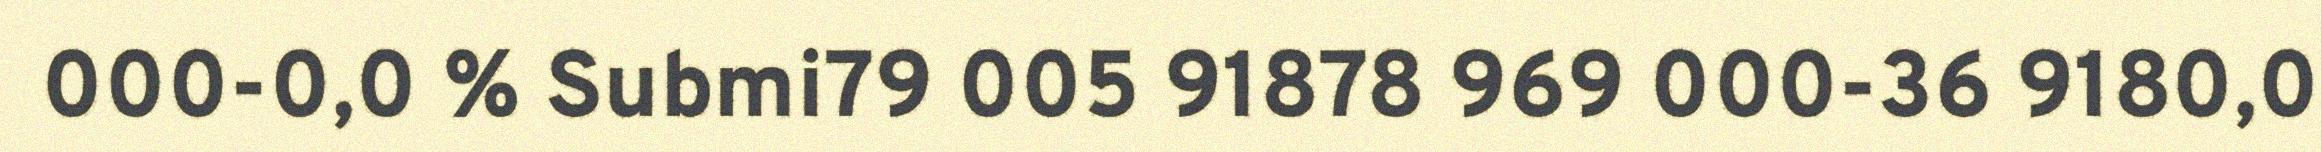
000-0,0 % Submi79 005 91878 969 000-36 9180,0